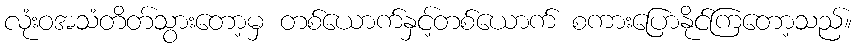
လုံးဝအသံတိတ်သွားတော့မှ တစ်ယောက်နှင့်တစ်ယောက် စကားပြောနိုင်ကြတော့သည်။